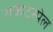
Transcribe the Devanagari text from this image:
राकेटस्पेल